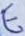
Text: E